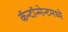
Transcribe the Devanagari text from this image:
कॅन्टॉन्मेन्टमध्ये